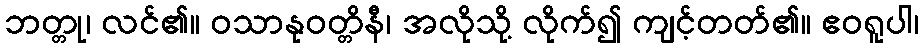
ဘတ္တု၊ လင်၏။ ဝသာနုဝတ္တိနီ၊ အလိုသို့ လိုက်၍ ကျင့်တတ်၏။ ဧဝရူပါ၊